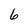
Character: 6